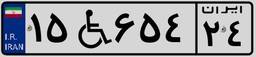
۱۵W۶۵۴۲۴